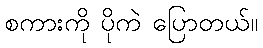
စကားကို ပိုကဲ ပြောတယ်။